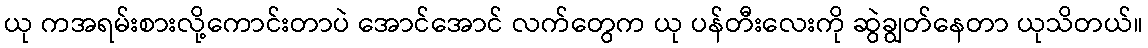
ယု ကအရမ်းစားလို့ကောင်းတာပဲ အောင်အောင် လက်တွေက ယု ပန်တီးလေးကို ဆွဲချွတ်နေတာ ယုသိတယ်။